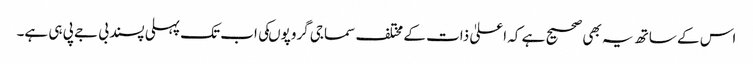
اس کے ساتھ یہ بھی صحیح ہے کہ اعلیٰ ذات کے مختلف سماجی گروپوںکی اب تک پہلی پسند بی جے پی ہی ہے۔